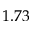
1 . 7 3